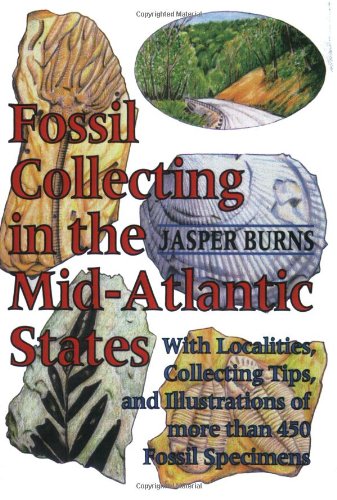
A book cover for Fossil Collecting in the Mid-Atlantic States: With Localities, Collecting Tips, and Illustrations of More than 450 Fossil Specimens; Jasper Burns; Science & Math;